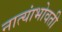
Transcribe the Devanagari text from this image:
नात्यांभोवती